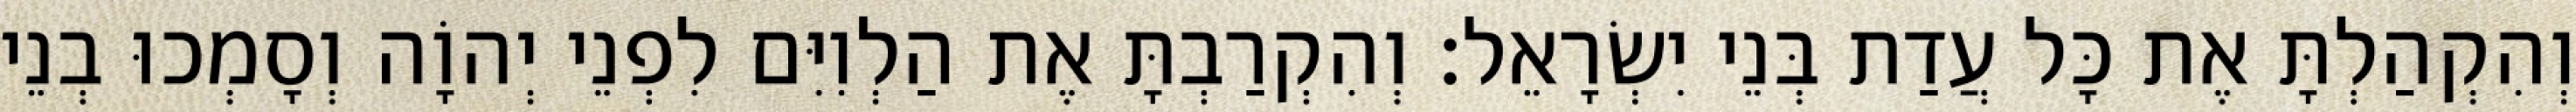
וְהִקְהַלְתָּ אֶת כָּל עֲדַת בְּנֵי יִשְׂרָאֵל׃ וְהִקְרַבְתָּ אֶת הַלְוִיִּם לִפְנֵי יְהוָֹה וְסָמְכוּ בְנֵי